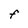
Character: f